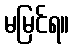
မမြင်ရ။